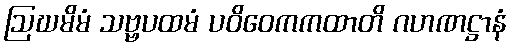
ဩဃမိမံ သဗ္ဗပထမံ ပဝိဝေကကထာတိ ဂဟဏဋ္ဌာနံ